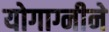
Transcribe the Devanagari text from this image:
योगाग्नीने